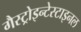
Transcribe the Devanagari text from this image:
गैस्ट्रोइन्टेस्टाइनल